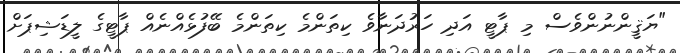
"ޔަޤީންނުންވެސް މި ޕާޓީ އަދި ހަރުދަނާވެ ކިތަންމެ ކިތަންމެ ބޭފުޅެއްނެއް ޕާޓީގެ ލީޑަޝިޕަށް